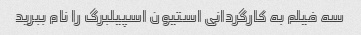
سه فیلم به کارگردانی استیون اسپیلبرگ را نام ببرید